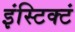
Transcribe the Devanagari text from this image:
इंस्टिक्टं